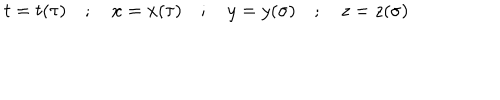
LaTeX: t = t ( \tau ) \quad ; \quad x = x ( \tau ) \quad ; \quad y = y ( \sigma ) \quad ; \quad z = z ( \sigma )